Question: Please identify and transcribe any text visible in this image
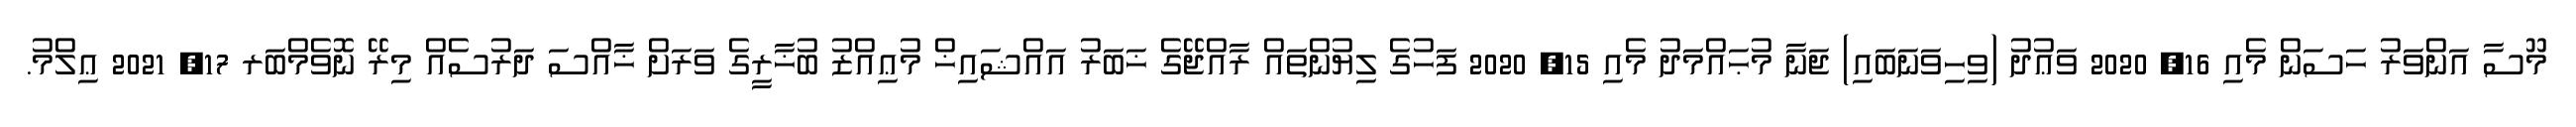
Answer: މޫސާ އަންވަރު ހަސަން މެއި 16, 2020 ވަޢުދު (ވިހިވަނަބައި) ޖަނާ މުޙައްމަދު މެއި 15, 2020 ފަހުގެ ލިޔުންތައް ރާއްޖޭގެ ޚަބަރު އައްޝައިޚް މުޢިއްޒު ބުޚާރީގެ ވަރަށް ޚާއްސަ ދަރުސެއް މިރޭ ނޮވެމްބަރ 17, 2021 ޢިލްމު.